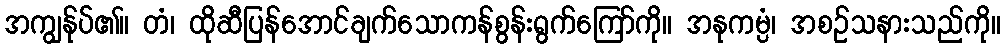
အကျွန်ုပ်၏။ တံ၊ ထိုဆီပြန်အောင်ချက်သောကန်စွန်းရွက်ကြော်ကို။ အနုကမ္ပံ၊ အစဉ်သနားသည်ကို။